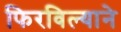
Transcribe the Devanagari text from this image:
फिरविल्याने